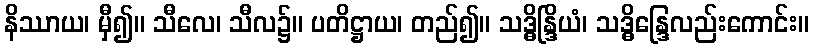
နိဿာယ၊ မှီ၍။ သီလေ၊ သီလ၌။ ပတိဋ္ဌာယ၊ တည်၍။ သဒ္ဓိန္ဒြိယံ၊ သဒ္ဓိန္ဒြေလည်းကောင်း။